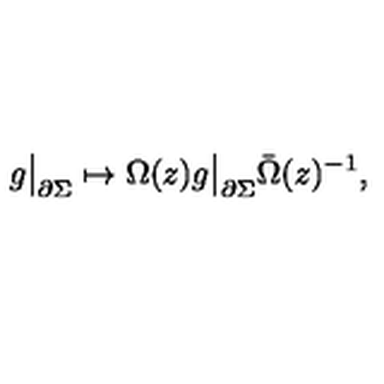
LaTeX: g \bigr | _ { \partial \Sigma } \mapsto \Omega ( z ) g \bigr | _ { \partial \Sigma } \bar { \Omega } ( z ) ^ { - 1 } ,